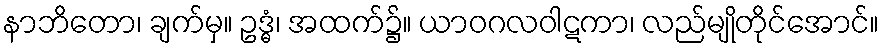
နာဘိတော၊ ချက်မှ။ ဥဒ္ဓံ၊ အထက်၌။ ယာဝဂလဝါဋကာ၊ လည်မျိုတိုင်အောင်။